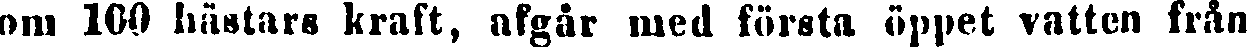
om 100 hästars kraft, afgår med första öppet vatten från